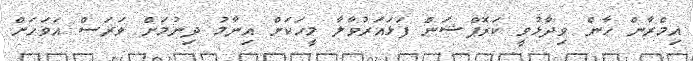
އިމްރާން ހާން ވިދާޅުވީ ކަރޮޕްޝަން ފަޅައަރުވާލާ މީހަކަށް އިނާމު ދިނުމަށް ވަރަސް އަވަހަށް